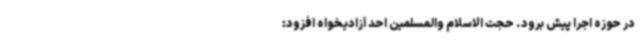
در حوزه اجرا پیش برود. حجت الاسلام والمسلمین احد آزادیخواه افزود: